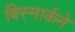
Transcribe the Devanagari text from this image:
बिस्मार्कने